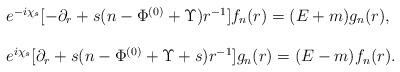
LaTeX: \begin{align*}\begin{array}{l}e^{-i\chi_s}[-\partial_r+s(n-\Phi^{(0)}+\Upsilon)r^{-1}]f_n(r)=(E+m)g_n(r),\\\\e^{i\chi_s}[\partial_r+s(n-\Phi^{(0)}+\Upsilon+s)r^{-1}]g_n(r)=(E-m)f_n(r).\end{array}\end{align*}